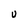
Character: v